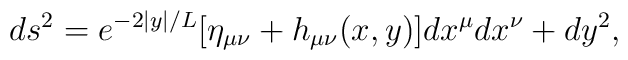
ds^2=e^{-2|y|/L}[\eta_{\mu\nu}+h_{\mu\nu}(x,y)]dx^\mu dx^\nu+dy^2,